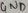
Text: GND